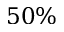
5 0 \%